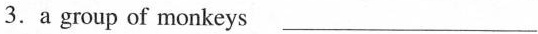
3.a group of monkeys ___